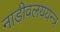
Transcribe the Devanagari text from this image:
नाड़ीवलययन्त्र